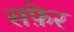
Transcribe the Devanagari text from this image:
सफ़ेर